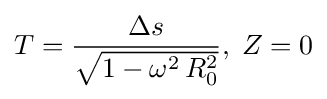
T={\frac {\Delta s}{\sqrt {1-\omega ^{2}\,R_{0}^{2}}}},\;Z=0